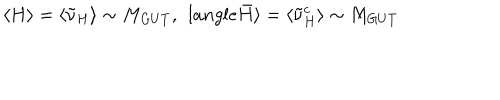
\langle H \rangle = \langle \tilde { \nu } _ { H } \rangle \sim M _ { G U T } , \ \, l a n g l e \bar { H } \rangle = \langle \tilde { { \nu } } _ { H } ^ { c } \rangle \sim M _ { G U T }